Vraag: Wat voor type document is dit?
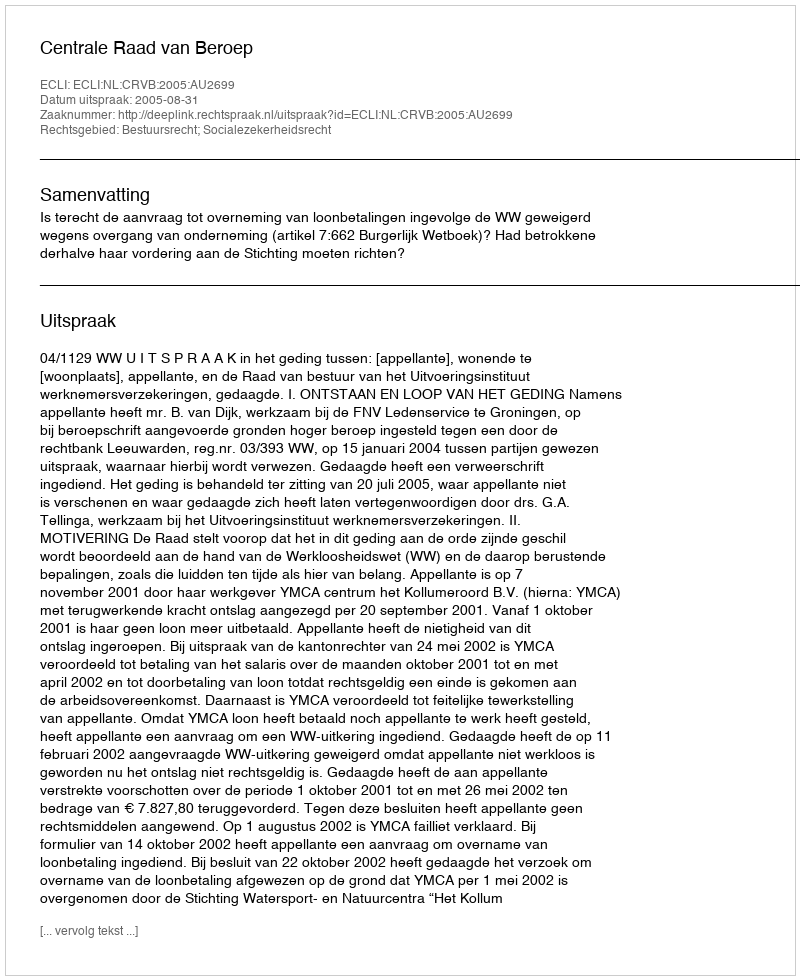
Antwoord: Uitspraak